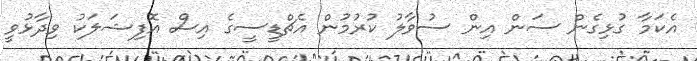
އެކަމާ ގުޅިގެން ސަން އިން ސުވާލު ކުރުމުން އެޗްޑީސީގެ އިސް އޮފިޝަލަކު ވިދާޅުވީ